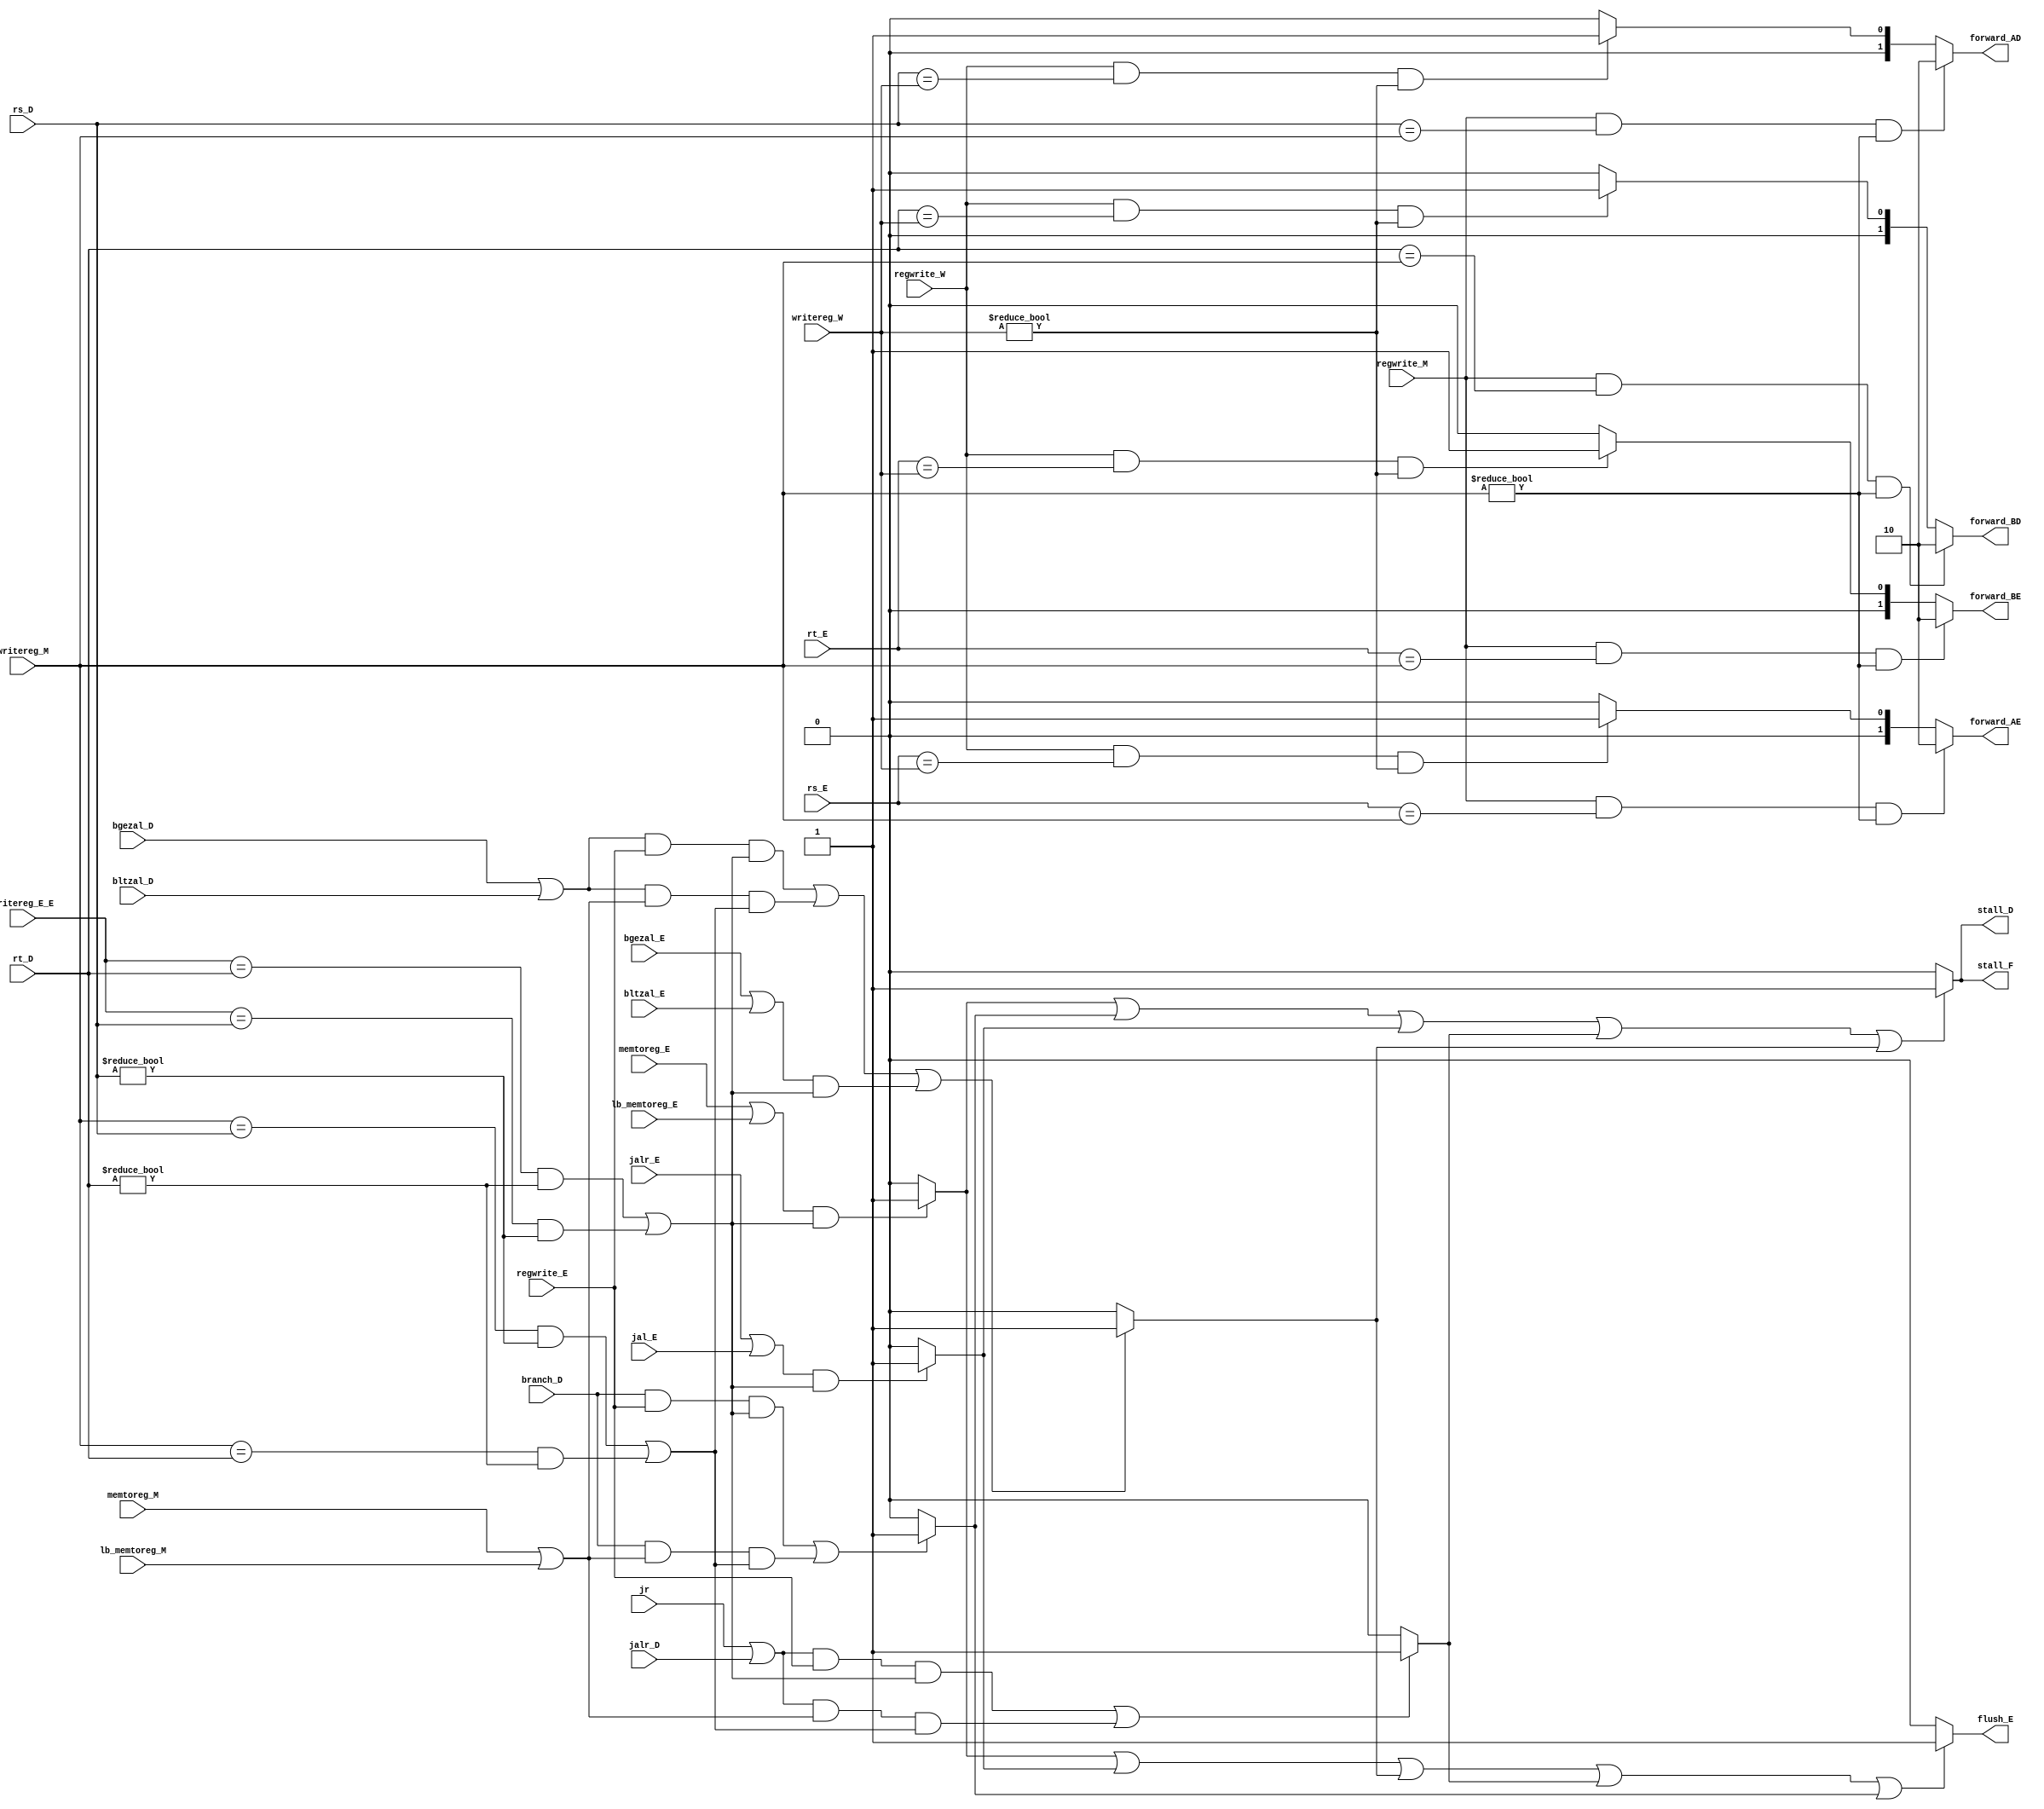
module hushgai(
	 
	 input lb_memtoreg_M,
	 input lb_memtoreg_E,
    input [4:0] rs_E,
    input [4:0] rt_E,
    input [4:0] writereg_M,
    input [4:0] writereg_W,
	 input [4:0] writereg_E_E,
    input regwrite_E,
    input regwrite_M,
    input regwrite_W,
    input memtoreg_E,
    input memtoreg_M,
    input [4:0] rs_D,
    input [4:0] rt_D,
    input branch_D,
	 input jal_E,
	 input jr,
	 input jalr_D,
	 input jalr_E,
	 input bgezal_D,
	 input bgezal_E,
	 input bltzal_D,
	 input bltzal_E,
    output flush_E,
    output [1:0] forward_AD,
    output [1:0] forward_BD,
	 output [1:0] forward_AE,
    output [1:0] forward_BE,
	 output stall_F,
    output stall_D
	 );
	 assign forward_AE = (regwrite_M&&(rs_E==writereg_M)&&(writereg_M!=0))? 2'b10 : //writereg_M
								(regwrite_W&&(rs_E==writereg_W)&&(writereg_W!=0))? 2'b01 : 2'b00;
	 assign forward_BE = (regwrite_M&&(rt_E==writereg_M)&&(writereg_M!=0))? 2'b10 : 
								(regwrite_W&&(rt_E==writereg_W)&&(writereg_W!=0))? 2'b01 : 2'b00;	
	 assign forward_AD = (regwrite_M&&(rs_D==writereg_M)&&(writereg_M!=0))? 2'b10 : 
								(regwrite_W&&(rs_D==writereg_W)&&(writereg_W!=0))? 2'b01 : 2'b00;
	 assign forward_BD = (regwrite_M&&(rt_D==writereg_M)&&(writereg_M!=0))? 2'b10 : 
								(regwrite_W&&(rt_D==writereg_W)&&(writereg_W!=0))? 2'b01 : 2'b00;
	 assign lw_stall = ((memtoreg_E||lb_memtoreg_E)&&((writereg_E_E==rt_D&&rt_D!=0)||(writereg_E_E==rs_D&&rs_D!=0)))? 1:0;
	 assign jal_stall = ((jalr_E||jal_E)&&((writereg_E_E==rt_D&&rt_D!=0) ||(writereg_E_E==rs_D&&rs_D!=0)))?1:0;
	 assign branch_stall = ((branch_D&&regwrite_E&&((writereg_E_E==rs_D&&rs_D!=0)||(writereg_E_E==rt_D&&rt_D!=0)))
							 ||(branch_D&&(memtoreg_M||lb_memtoreg_M)&&((writereg_M==rs_D&&rs_D!=0)||(writereg_M==rt_D&&rt_D!=0)))
							 )?1:0;
	 assign jr_stall = (((jr||jalr_D)&&regwrite_E&&((writereg_E_E==rs_D&&rs_D!=0)||(writereg_E_E==rt_D&&rt_D!=0)))
						||((jr||jalr_D)&&(memtoreg_M||lb_memtoreg_M)&&((writereg_M==rs_D&&rs_D!=0)||(writereg_M==rt_D&&rt_D!=0)))
							 )?1:0;////D,jr
	 assign stall_F = ((lw_stall)||(branch_stall)||(jal_stall)||jr_stall||bgezal_stall)?1:0;///||jr_stall
	 assign stall_D = ((lw_stall)||(branch_stall)||(jal_stall)||jr_stall||bgezal_stall)?1:0;
	 assign flush_E = ((lw_stall)||(jal_stall)||(bgezal_stall)||(jr_stall)||(branch_stall))?1:0;//branchȥ
	 assign bgezal_stall = ((((bgezal_D||bltzal_D)&&regwrite_E&&((writereg_E_E==rs_D&&rs_D!=0)||(writereg_E_E==rt_D&&rt_D!=0)))||((bgezal_D||bltzal_D)&&(memtoreg_M||lb_memtoreg_M)&&((writereg_M==rs_D&&rs_D!=0)||(writereg_M==rt_D&&rt_D!=0))))
									||((bgezal_E||bltzal_E)&&((writereg_E_E==rt_D&&rt_D!=0) ||(writereg_E_E==rs_D&&rs_D!=0))))?1:0;	//bָjalָƴʽ
	 
endmodule